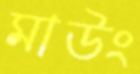
মাউং